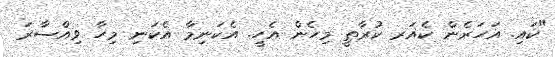
"ކައި. އަހަރެން ކެއަރ ކުރާތީ މިހެން އެހީ. އެކަނިމާ އެކަނި މިހާ ވިއްސާރަ